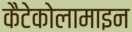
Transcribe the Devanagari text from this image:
कैटेकोलामाइन